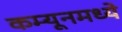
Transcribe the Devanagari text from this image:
कम्यूनमध्ये